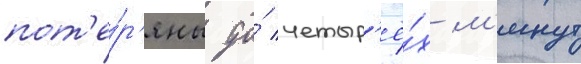
пот'е́р'яны до́ четыр'ё́х м'инут